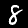
Digit: 8